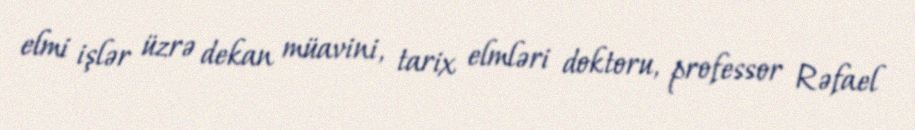
elmi işlər üzrə dekan müavini, tarix elmləri doktoru, professor Rəfael